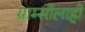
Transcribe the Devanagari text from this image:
ग्राम्सीलाही